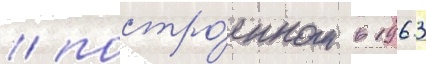
/ постро́енном в 1963